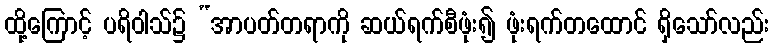
ထို့ကြောင့် ပရိဝါသ်၌ “အာပတ်တရာကို ဆယ်ရက်စီဖုံး၍ ဖုံးရက်တထောင် ရှိသော်လည်း